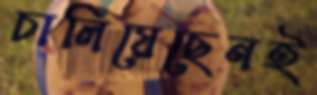
চালিয়েছেনই